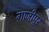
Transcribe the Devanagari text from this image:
ग़ाजीपुर